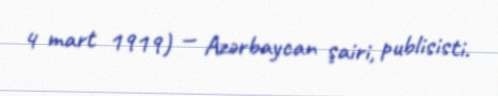
4 mart 1919) — Azərbaycan şairi, publisisti.